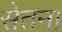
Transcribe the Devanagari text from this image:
सेतना